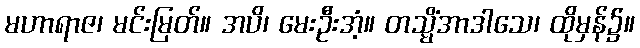
မဟာရာဇ၊ မင်းမြတ်။ အပိ၊ မေးဦးအံ့။ တသ္မိံအာဒါသေ၊ ထိုမှန်၌။